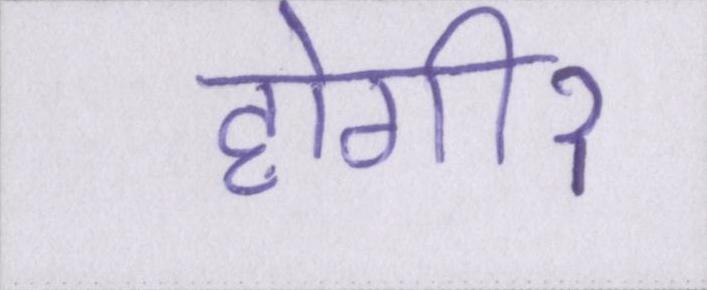
होगीॽ